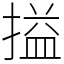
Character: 搤